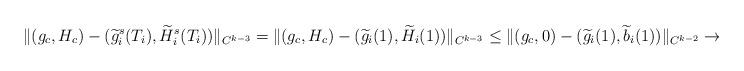
LaTeX: \begin{align*} \|(g_c,H_c)-(\widetilde{g}^s_i(T_i),\widetilde{H}_i^s(T_i))\|_{C^{k-3}}= \|(g_c,H_c)-(\widetilde{g}_i(1),\widetilde{H}_i(1))\|_{C^{k-3}}\leq\|(g_c,0)-(\widetilde{g}_i(1),\widetilde{b}_i(1))\|_{C^{k-2}}\rightarrow 0\end{align*}